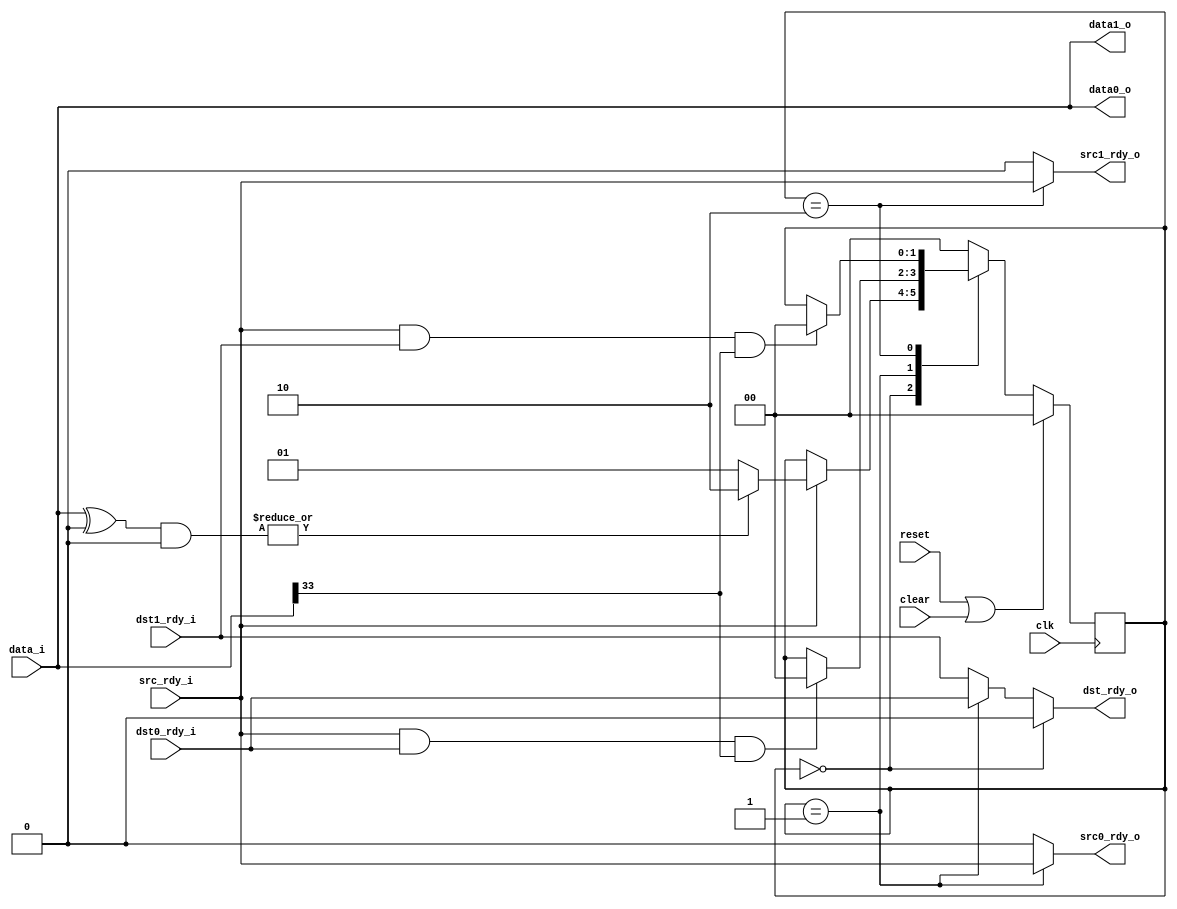

// Demux packets from a fifo based on the contents of the first line
//  If first line matches the parameter and mask, send to data1, otherwise send to data0

module fifo36_demux
  #(parameter match_data = 0,
    parameter match_mask = 0)
   (input clk, input reset, input clear,
    input [35:0] data_i, input src_rdy_i, output dst_rdy_o,
    output [35:0] data0_o, output src0_rdy_o, input dst0_rdy_i,
    output [35:0] data1_o, output src1_rdy_o, input dst1_rdy_i);

   localparam DMX_IDLE = 0;
   localparam DMX_DATA0 = 1;
   localparam DMX_DATA1 = 2;
   
   reg [1:0] 	  state;

   wire 	  match = |( (data_i ^ match_data) & match_mask );
   wire 	  eof = data_i[33];
   
   always @(posedge clk)
     if(reset | clear)
       state <= DMX_IDLE;
     else
       case(state)
	 DMX_IDLE :
	   if(src_rdy_i)
	     if(match)
	       state <= DMX_DATA1;
	     else
	       state <= DMX_DATA0;
	 DMX_DATA0 :
	   if(src_rdy_i & dst0_rdy_i & eof)
	     state <= DMX_IDLE;
	 DMX_DATA1 :
	   if(src_rdy_i & dst1_rdy_i & eof)
	     state <= DMX_IDLE;
	 default :
	   state <= DMX_IDLE;
       endcase // case (state)

   assign dst_rdy_o = (state==DMX_IDLE) ? 0 : (state==DMX_DATA0) ? dst0_rdy_i : dst1_rdy_i;
   assign src0_rdy_o = (state==DMX_DATA0) ? src_rdy_i : 0;
   assign src1_rdy_o = (state==DMX_DATA1) ? src_rdy_i : 0;

   assign data0_o = data_i;
   assign data1_o = data_i;
   
endmodule // fifo36_demux